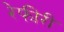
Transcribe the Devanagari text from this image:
रेफीरी